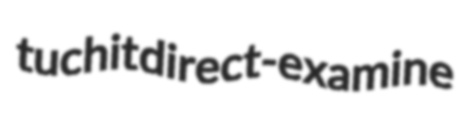
tuchit direct-examine